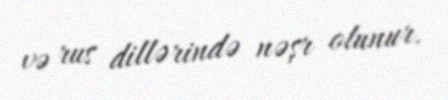
və rus dillərində nəşr olunur.